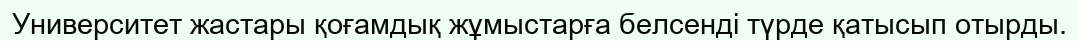
Университет жастары қоғамдық жұмыстарға белсенді түрде қатысып отырды.